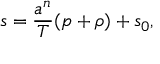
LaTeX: s = { \frac { a ^ { n } } { T } } ( p + \rho ) + s _ { 0 } ,